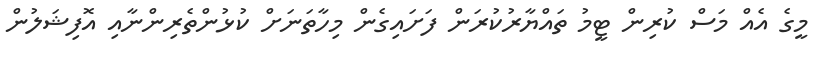
މީގެ އެއް މަސް ކުރިން ޓީމު ތައްޔާރުކުރަން ފަށައިގެން މިހާތަނަށް ކުޅުންތެރިންނާއި އޮފިޝަލުން